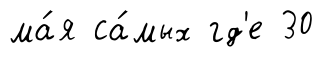
ма́я са́мых гд'е 30